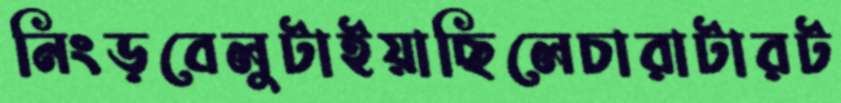
নিংড়বেলুটাইয়াছিলেচারাটারট